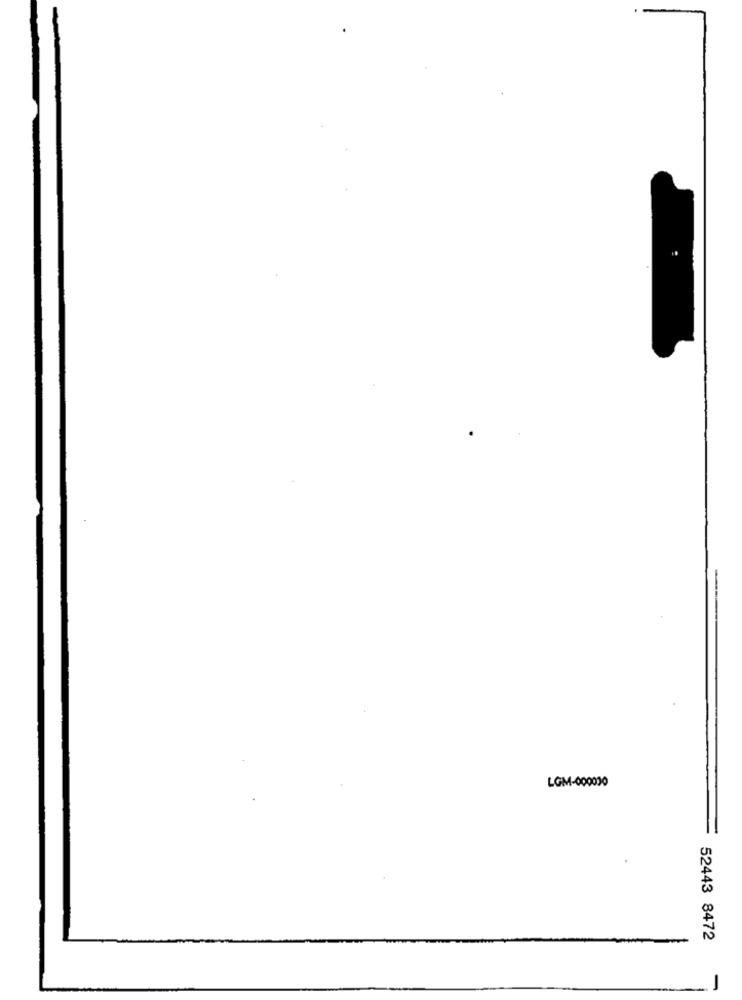
LGM-000030
52443 8472
-